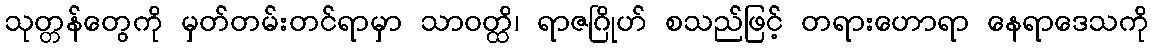
သုတ္တန်တွေကို မှတ်တမ်းတင်ရာမှာ သာဝတ္ထိ၊ ရာဇဂြိုဟ် စသည်ဖြင့် တရားဟောရာ နေရာဒေသကို